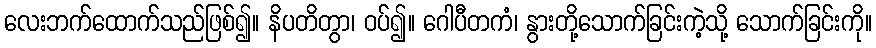
လေးဘက်ထောက်သည်ဖြစ်၍။ နိပတိတွာ၊ ဝပ်၍။ ဂေါပီတကံ၊ နွားတို့သောက်ခြင်းကဲ့သို့ သောက်ခြင်းကို။